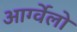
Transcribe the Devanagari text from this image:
आर्ग्वेलो